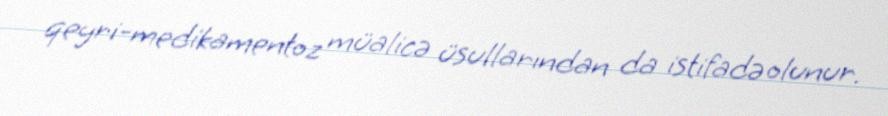
qeyri-medikamentoz müalicə üsullarından da istifadə olunur.